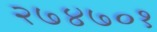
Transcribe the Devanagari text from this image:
२७४७०१